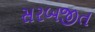
સરબજીત